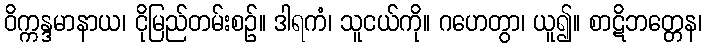
ဝိက္ကန္ဒမာနာယ၊ ငိုမြည်တမ်းစဉ်။ ဒါရကံ၊ သူငယ်ကို။ ဂဟေတွာ၊ ယူ၍။ စာဋိဘတ္တေန၊